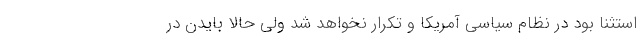
استثنا بود در نظام سیاسی آمریکا و تکرار نخواهد شد ولی حالا بایدن در